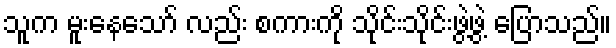
သူက မူးနေသော် လည်း စကားကို သိုင်းသိုင်းဖွဲ့ဖွဲ့ ပြောသည်။